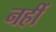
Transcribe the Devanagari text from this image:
नहीं